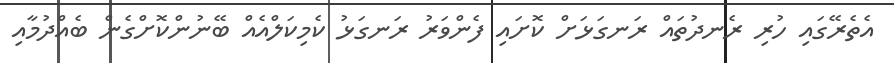
އެތެރޭގައި ހުރި ރެނދުތައް ރަނގަޅަށް ކޮށައި ފެންވަރު ރަނގަޅު ކެމިކަލްއެއް ބޭނުންކޮށްގެން ބެއްދުމާއި